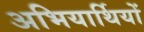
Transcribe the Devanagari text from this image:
अभियार्थियों